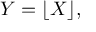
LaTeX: Y = \lfloor X \rfloor ,